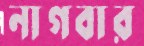
নাগবার